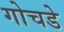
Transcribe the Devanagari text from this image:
गोचडे